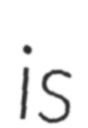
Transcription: is